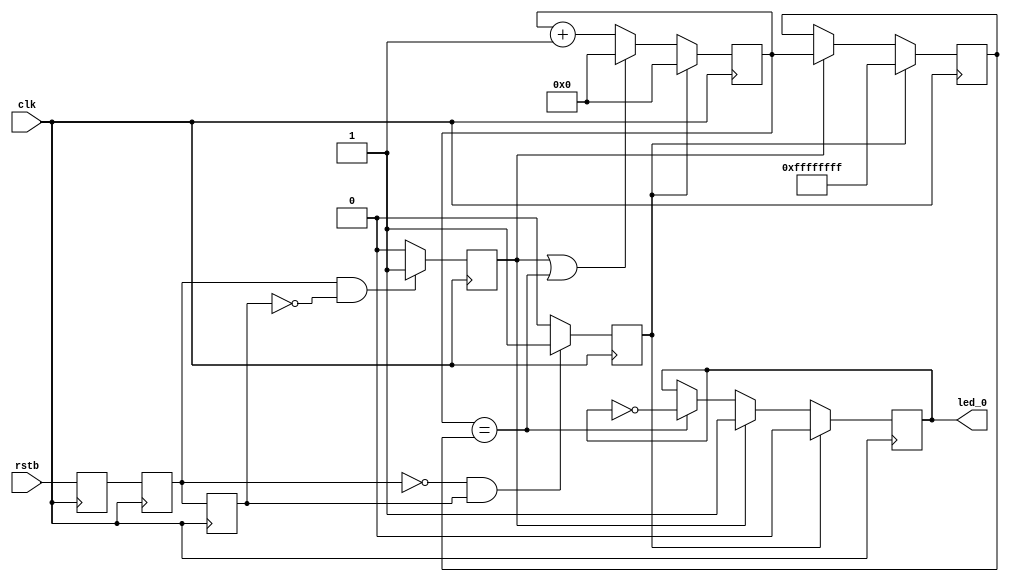
// module flashing
// 	#(
// 		parameter counter_bits = 8,
// 		parameter counter_bits_1 = counter_bits - 1)

// 	(
// 		input clk,
// 		input rst,
// 		output d
// 	);

// 	reg [counter_bits_1:0] counter;
// 	reg clk_count;
// 	wire d1,d2,d3;
// 	reg [2:0] state;



// 	always @(posedge clk or negedge rst) begin
// 		if (!rst) begin
// 			counter <= {counter_bits{1'b0}};
// 		end else begin
// 			counter <= counter + {{counter_bits_1{1'b0}}, 1'b1};
// 			if (counter[counter_bits_1] == 1'b1)
// 		end
// 	end

// 	always @(negedge d3) begin
// 		state <= counter_bits_1-1;
// 	end

// 	always @(negedge d1) begin
// 		state <= counter_bits_1-3;
// 	end

// 	assign d = counter[state];
// 	assign d1 = counter[counter_bits_1-1];
// 	assign d2 = counter[counter_bits_1-2];
// 	assign d3 = counter[counter_bits_1-3];

// endmodule

module flashing ( clk, rstb, led_0);
  input clk;    //clk 40MHz
  input rstb;   //reset 0:reset 
  output led_0; //led control 0:on 1:off
  reg  rstb_dff1;
  reg  rstb_dff2;
  reg  rstb_dff3;
  reg  rst_sig;
  reg  start_sig;
  reg  led_0;
  reg  [31:0] led_cnt;
  reg  [31:0] led_cnt_max;

//   
always @ (posedge clk  )begin
   rstb_dff1 <= rstb ;
   rstb_dff2 <= rstb_dff1 ;
   rstb_dff3 <= rstb_dff2 ;
end

//
always @ (posedge clk  )begin
  if ((rstb_dff2 == 1'b0)&&(rstb_dff3==1'b1))
    rst_sig <= 1'b1;
  else
    rst_sig <= 1'b0;
end

//
always @ (posedge clk  )begin
  if ((rstb_dff2 == 1'b1)&&(rstb_dff3==1'b0))
    start_sig <= 1'b1;
  else
    start_sig <= 1'b0;
end

//   
always @ (posedge clk )
  if (rst_sig==1'b1) 
    led_cnt_max <= 32'hffffffff;
  else if (start_sig == 1'b1)
    led_cnt_max <= led_cnt;

//
always @ (posedge clk )
  if (rst_sig==1'b1) 
    led_cnt <= 26'b0;
  //or
  else if ((start_sig == 1'b1)||(led_cnt == led_cnt_max))
    led_cnt <= 26'b0; //0
  else
    led_cnt <= led_cnt + 26'd1; //

//LED
always @ (posedge clk)
  if (rst_sig==1'b1)
    led_0 <= 1'b0;
  else if (start_sig == 1'b1)
    led_0 <= 1'b1;
  else if (led_cnt == led_cnt_max) 
    led_0 <= ~led_0;
  else
    led_0 <= led_0;

endmodule